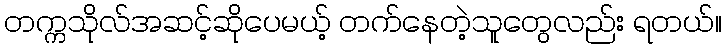
တက္ကသိုလ်အဆင့်ဆိုပေမယ့် တက်နေတဲ့သူတွေလည်း ရတယ်။